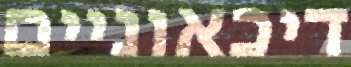
דיכאוניים